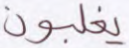
يغلبون